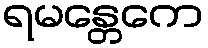
ရမန္တေကေ